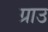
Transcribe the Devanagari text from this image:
ग्राउ